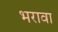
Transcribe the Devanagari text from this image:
भरावा